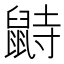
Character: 鼭